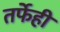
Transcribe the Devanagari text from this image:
तर्फेही